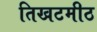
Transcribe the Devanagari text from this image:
तिखटमीठ